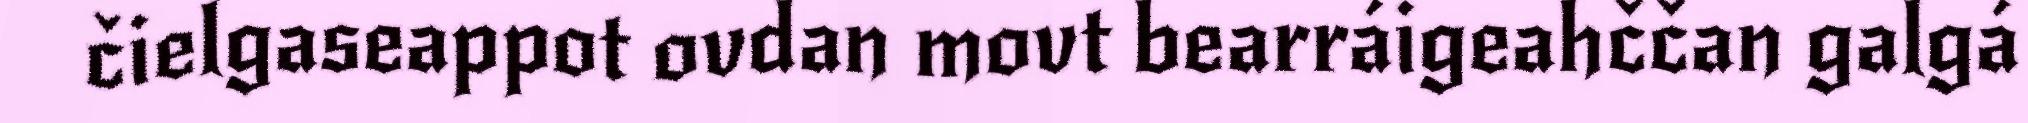
čielgaseappot ovdan movt bearráigeahččan galgá